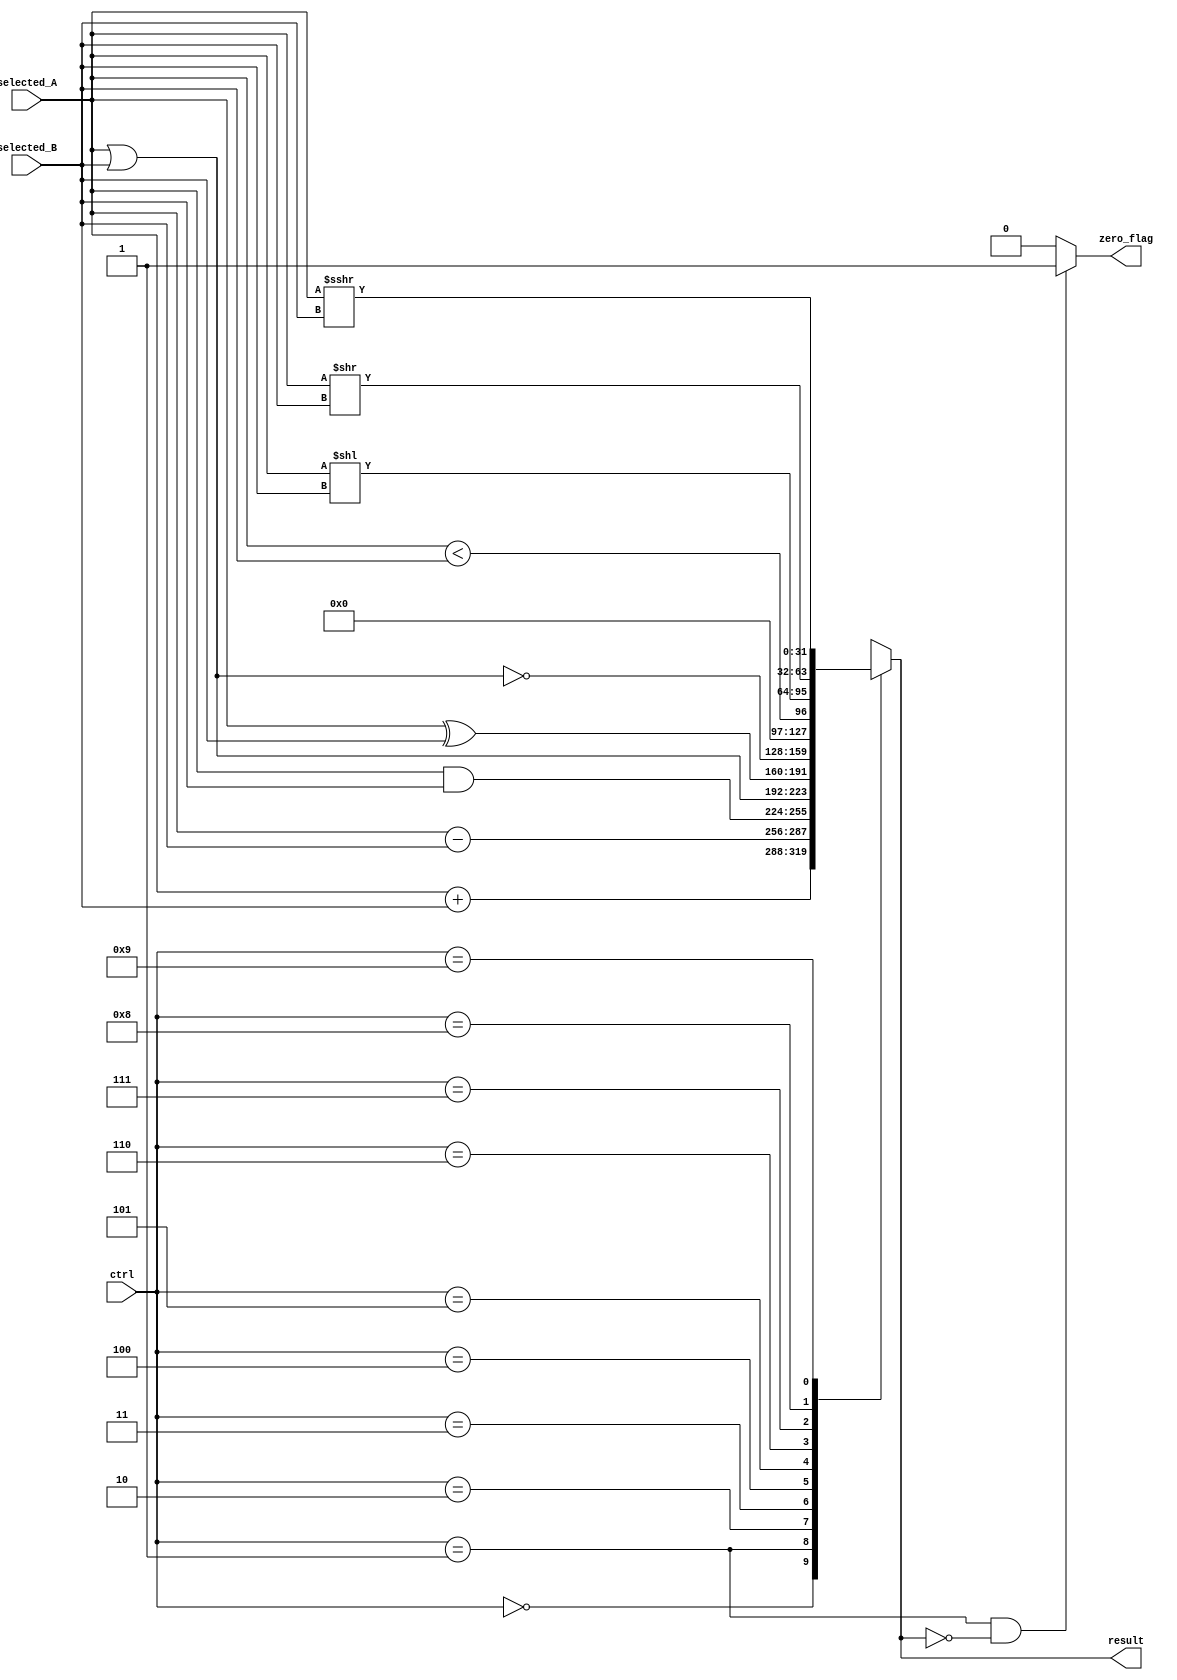
module ALU(ctrl,
           selected_A,
           selected_B,
           result,
           zero_flag
           );
    
    input [4:0] ctrl;
    input signed [31:0] selected_A, selected_B;
    output reg[31:0] result;
    output reg zero_flag;
    
    always @(ctrl, selected_A, selected_B) begin
        case (ctrl)
            0: result       = selected_A + selected_B;
            1: result       = selected_A - selected_B;
            2: result       = selected_A & selected_B;
            3: result       = selected_A | selected_B;
            4: result       = selected_A ^ selected_B;
            5: result       = ~(selected_A | selected_B);
            6: result       = selected_A < selected_B;
            7: result       = selected_A << selected_B;
            8: result       = selected_A >> selected_B;
            9: result       = selected_A >>> selected_B;
            default: result = 32'bx;
        endcase
        zero_flag = (ctrl == 1 && result == 0)? 1:0;
    end
    
endmodule